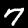
Digit: 7